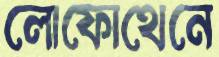
লোফোথেনে